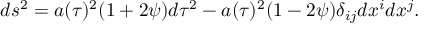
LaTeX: d s ^ { 2 } = a ( \tau ) ^ { 2 } ( 1 + 2 \psi ) d \tau ^ { 2 } - a ( \tau ) ^ { 2 } ( 1 - 2 \psi ) \delta _ { i j } d x ^ { i } d x ^ { j } .